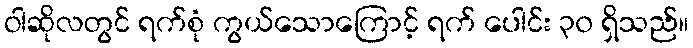
ဝါဆိုလတွင် ရက်စုံ ကွယ်သောကြောင့် ရက် ပေါင်း ၃၀ ရှိသည်။